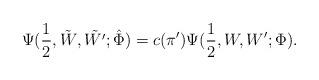
LaTeX: \begin{align*}\Psi(\frac{1}{2},\tilde{W},\tilde{W'};\hat{\Phi})=c(\pi')\Psi(\frac{1}{2},W,W';\Phi).\end{align*}